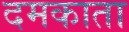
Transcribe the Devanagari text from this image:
दमकाता